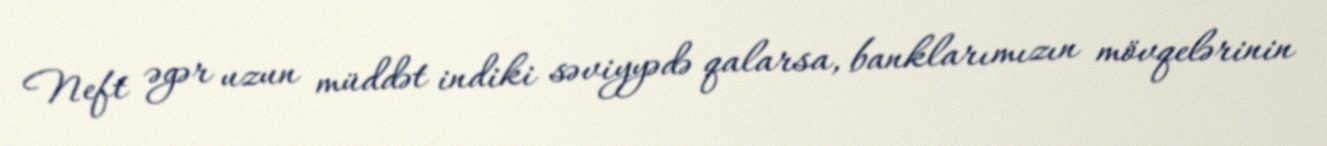
Neft əgər uzun müddət indiki səviyyədə qalarsa, banklarımızın mövqelərinin